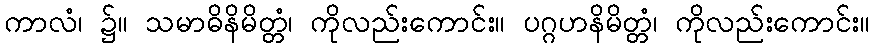
ကာလံ၊ ၌။ သမာဓိနိမိတ္တံ၊ ကိုလည်းကောင်း။ ပဂ္ဂဟနိမိတ္တံ၊ ကိုလည်းကောင်း။